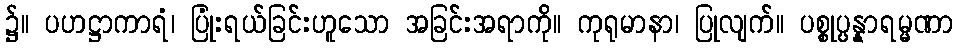
၌။ ပဟဋ္ဌာကာရံ၊ ပြုံးရယ်ခြင်းဟူသော အခြင်းအရာကို။ ကုရုမာနာ၊ ပြုလျက်။ ပစ္စုပ္ပန္နာရမ္မဏာ